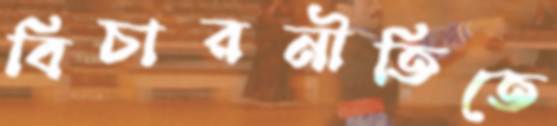
বিচারনীতিতে